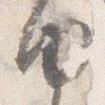
内